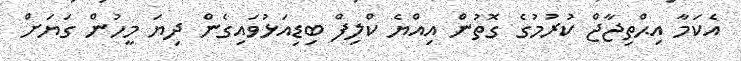
އެކަމާ އިޙްތިޖާޖް ކުރުމުގެ ގޮތުން އިއްޔެ ކްލިފް ބިޑިއަޅުވައިގެން ދިޔަ މީހުން ގަޔަށް